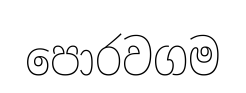
පොරවගම